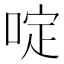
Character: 啶